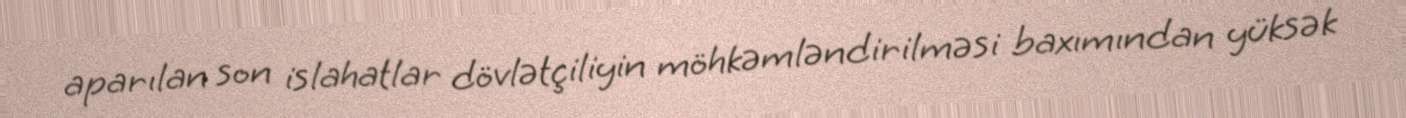
aparılan son islahatlar dövlətçiliyin möhkəmləndirilməsi baxımından yüksək